Senior Leaving Certificate Examination (including Day School Certificate (Higher) General paper), 1946
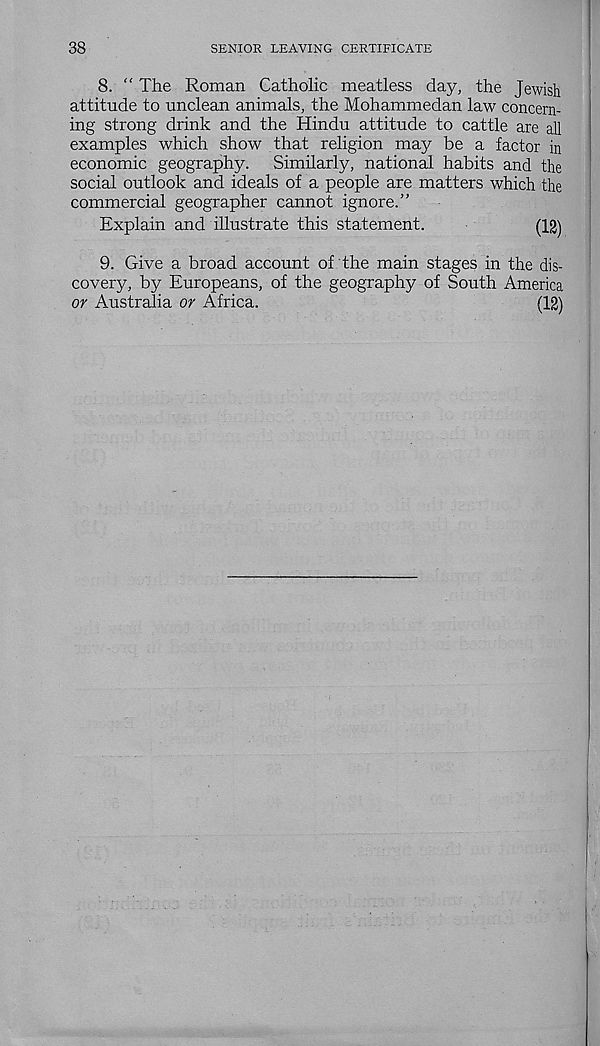
38
SENIOR LEAVING CERTIFICATE
8. “ The Roman Catholic meatless day, the Jewish
attitude to unclean animals, the Mohammedan law concern-
ing strong drink and the Hindu attitude to cattle are all
examples which show that religion may be a factor in
economic geography.
Similarly, national habits and the
social outlook and ideals of a people are matters which the
commercial geographer cannot ignore.”
Explain and illustrate this statement.
(12)
9. Give a broad account of the main stages in the dis-
covery, by Europeans, of the geography of South America
or Australia or Africa.
(12)